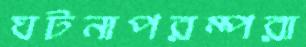
ঘটনাপরম্পরা